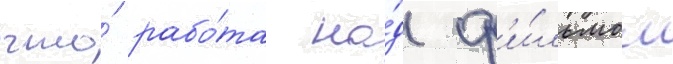
что́ рабо́та на́д ф'и́льмом